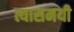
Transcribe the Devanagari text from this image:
त्यासमयी